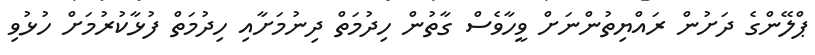
ޕްލޭންގެ ދަށުން ރައްޔިތުންނަށް ވީހާވެސް ގާތުން ހިދުމަތް ދިނުމަށާއި ހިދުމަތް ފުޅާކުރުމަށް ހުޅުވި